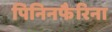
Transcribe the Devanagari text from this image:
पिनिनफैरिना